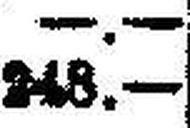
248.—